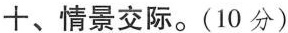
十、情景交际。(10 分)